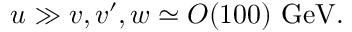
u \gg v , v ^ { \prime } , w \simeq O ( 1 0 0 ) \ \mathrm { G e V } .